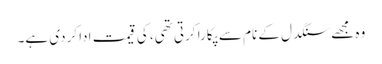
وہ مجھے سنگدل کے نام سے پکارا کرتی تھی، کی قیمت ادا کردی ہے۔